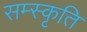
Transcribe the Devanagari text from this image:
सम्स्कृति